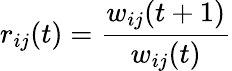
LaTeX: r_{ij}(t)=\frac{w_{ij}(t+1)}{w_{ij}(t)}